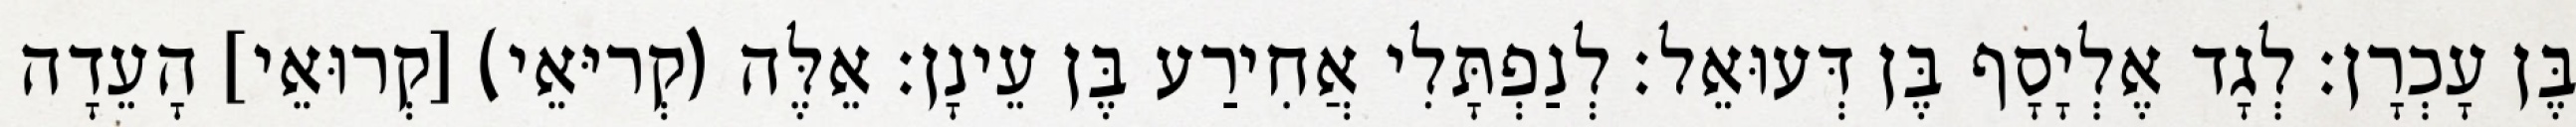
בֶּן עָכְרָן׃ לְגָד אֶלְיָסָף בֶּן דְּעוּאֵל׃ לְנַפְתָּלִי אֲחִירַע בֶּן עֵינָן׃ אֵלֶּה (קְריּאֵי) [קְרוּאֵי] הָעֵדָה